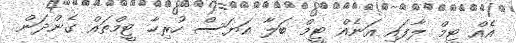
އެއް ޓީމް ލާފައި އަނެއް ޓީމް ބަލާ އަޔަސް ހުރިހާ ޓީމްތައް ގެންދަން